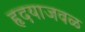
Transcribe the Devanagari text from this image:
हृदयाजवळ